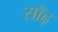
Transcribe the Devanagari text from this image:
साँढ़